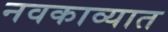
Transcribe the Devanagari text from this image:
नवकाव्यात